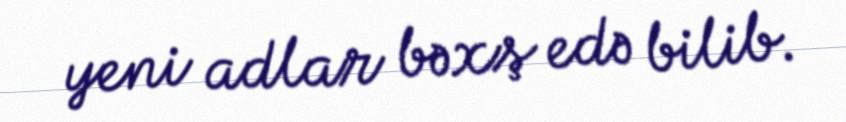
yeni adlar bəxş edə bilib.